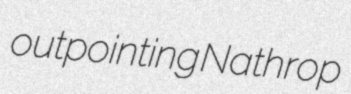
outpointing Nathrop